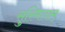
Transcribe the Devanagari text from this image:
सुस्मिताम्